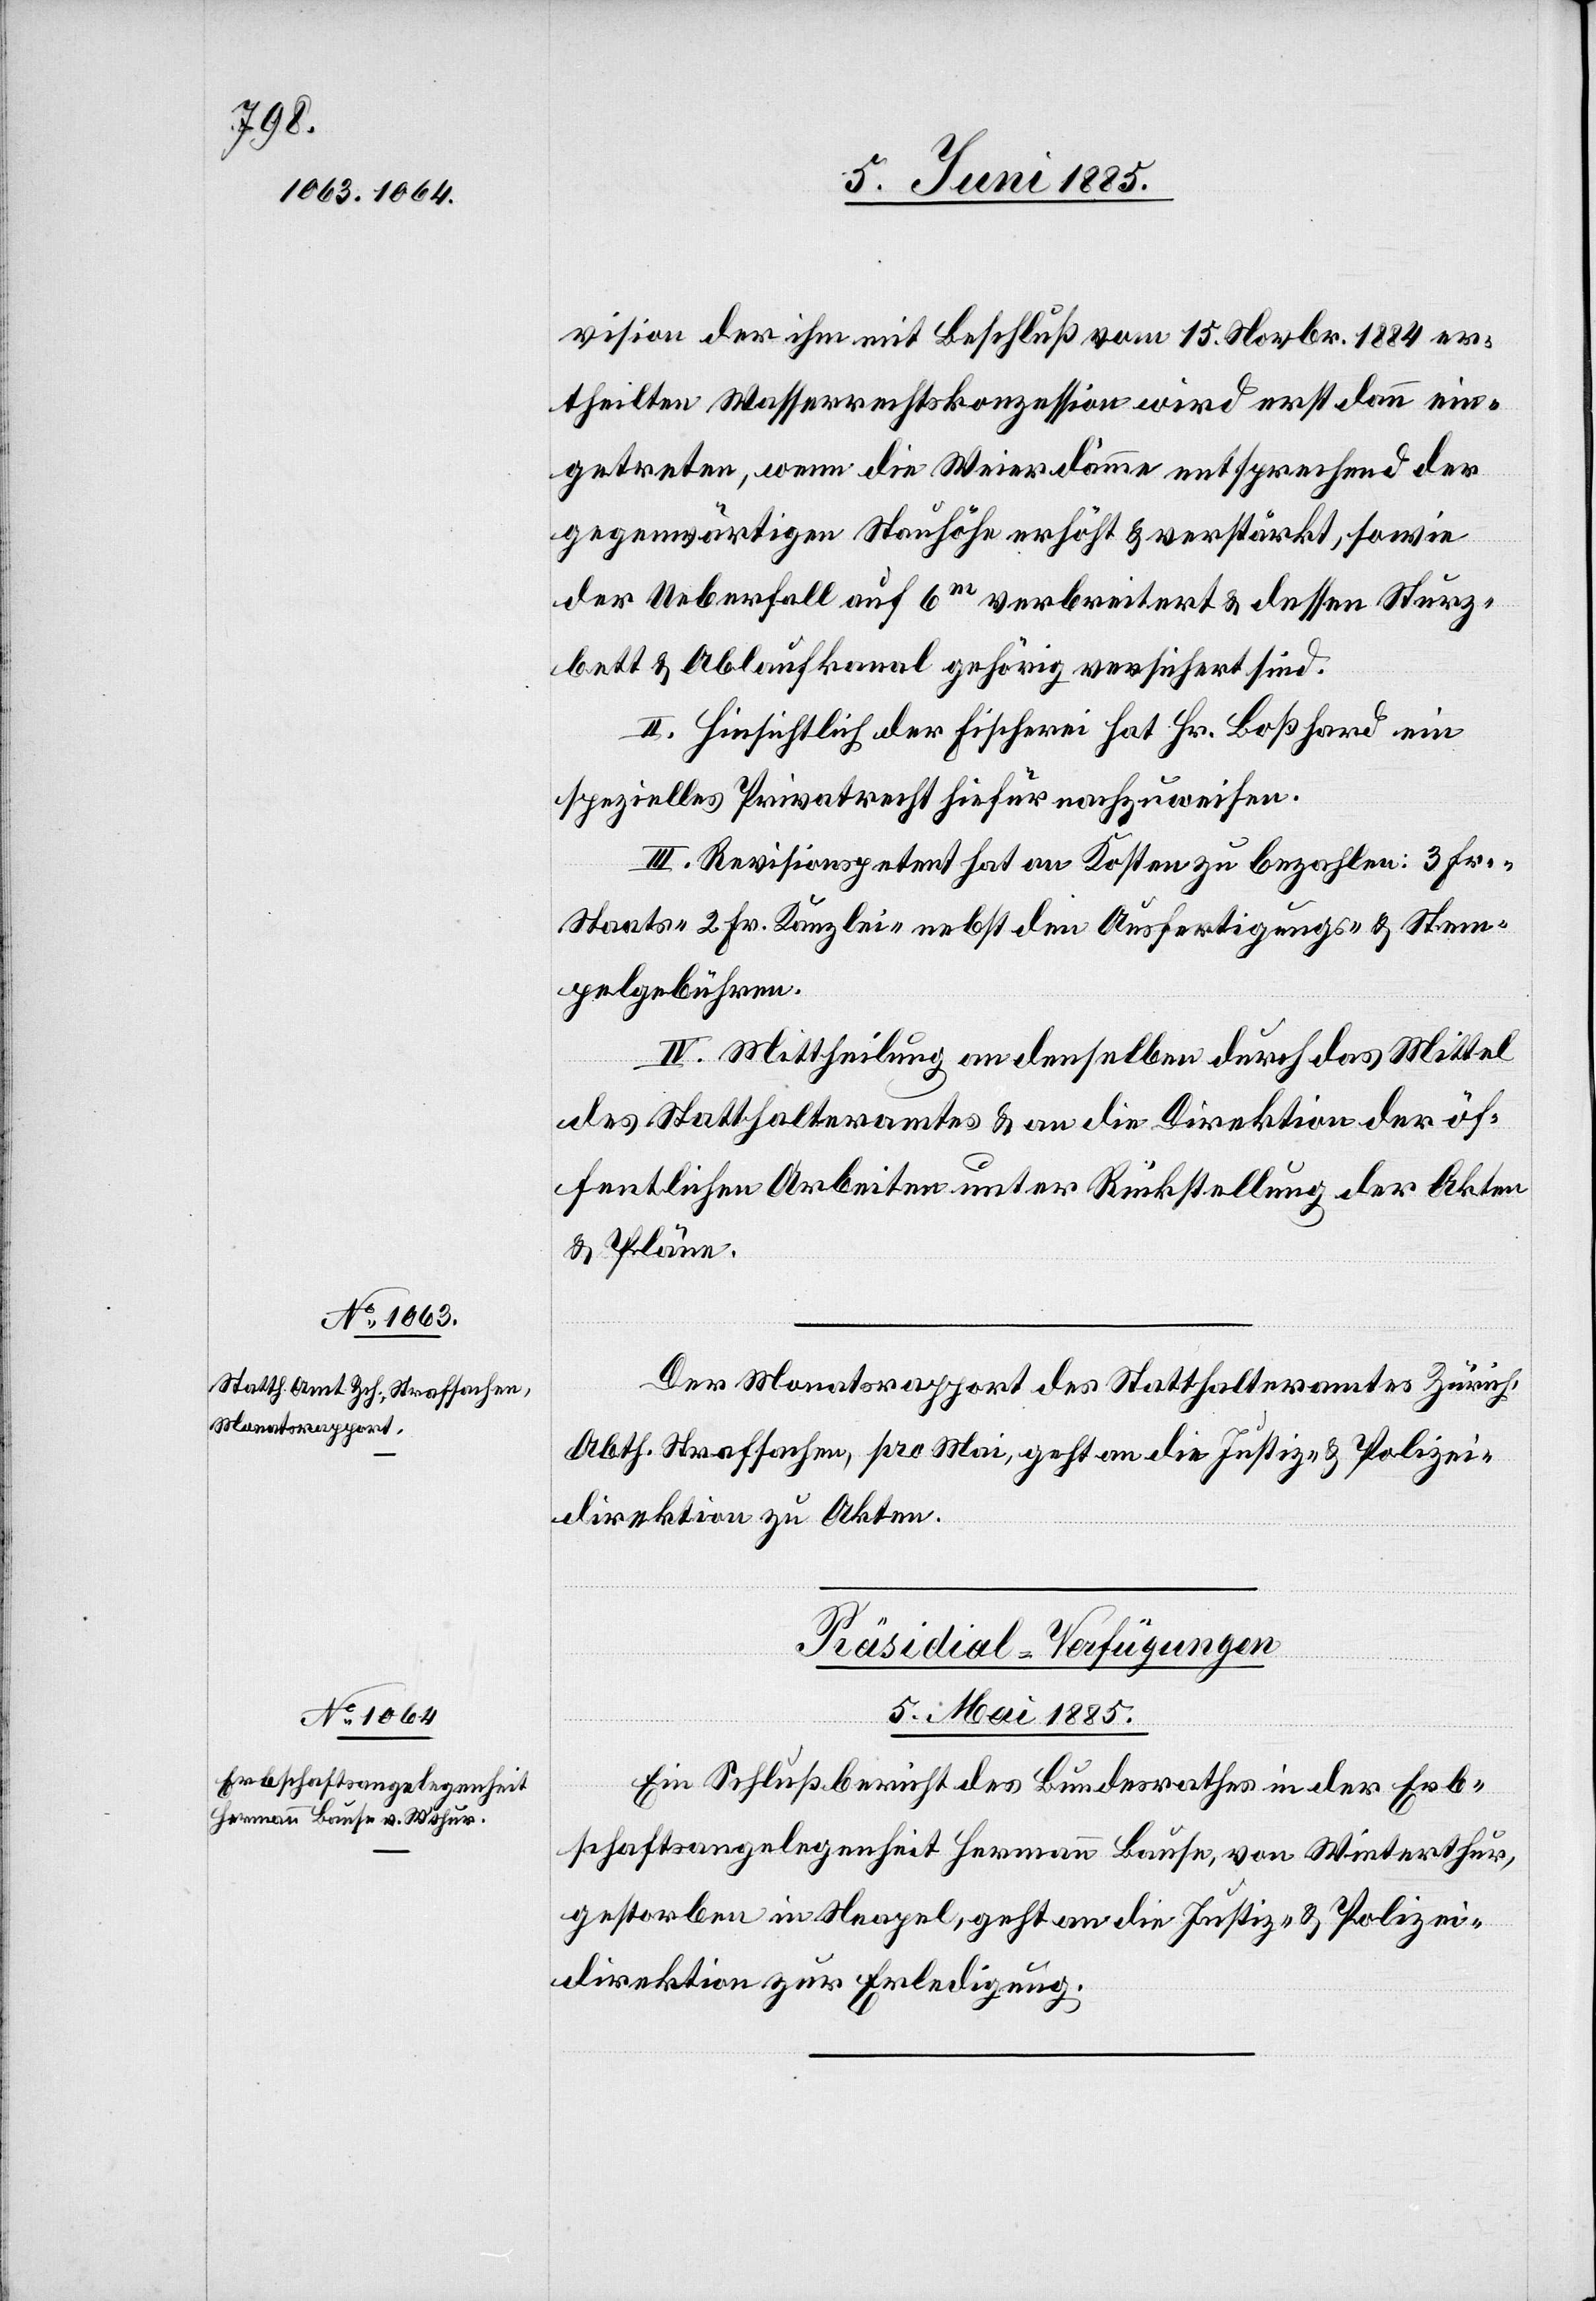
5. Mai

vision der ihm mit Beschluß vom 15. Novbr. 1884 er¬
theilten Wasserrechtskonzession wird erst dann ein¬
getreten, wenn die Weierdämme entsprechend der
gegenwärtigen Stauhöhe erhöht & verstärkt, sowie
der Ueberfall auf 6 m verbreitert & dessen Sturz¬
bett & Ablaufkanal gehörig versichert sind.
II. Hinsichtlich der Fischerei hat Hr. Boßhard ein
spezielles Privatrecht hiefür nachzuweisen.
III. Revisionspetent hat an Kosten zu bezahlen: 3 Fr.
Staats-[,] 2 F. Kanzlei- nebst den Ausfertigungs- & Stem¬
pelgebühren.
IV. Mittheilung an denselben durch das Mittel
des Statthalteramtes & an die Direktion der öf¬
fentlichen Arbeiten unter Rückstellung der Akten
& Pläne.
Der Monatsrapport des Statthalteramtes Zürich,
Abth. Strafsachen, pro Mai, geht an die Justiz- & Polizei¬
direktion zu Akten.
Präsidial-Verfügungen.
Ein Schlußbericht des Bundesrathes in der Erb¬
schaftsangelegenheit Hermann Bause, von Winterthur,
gestorben in Neapel, geht an die Justiz- & Polizei¬
direktion zur Erledigung.